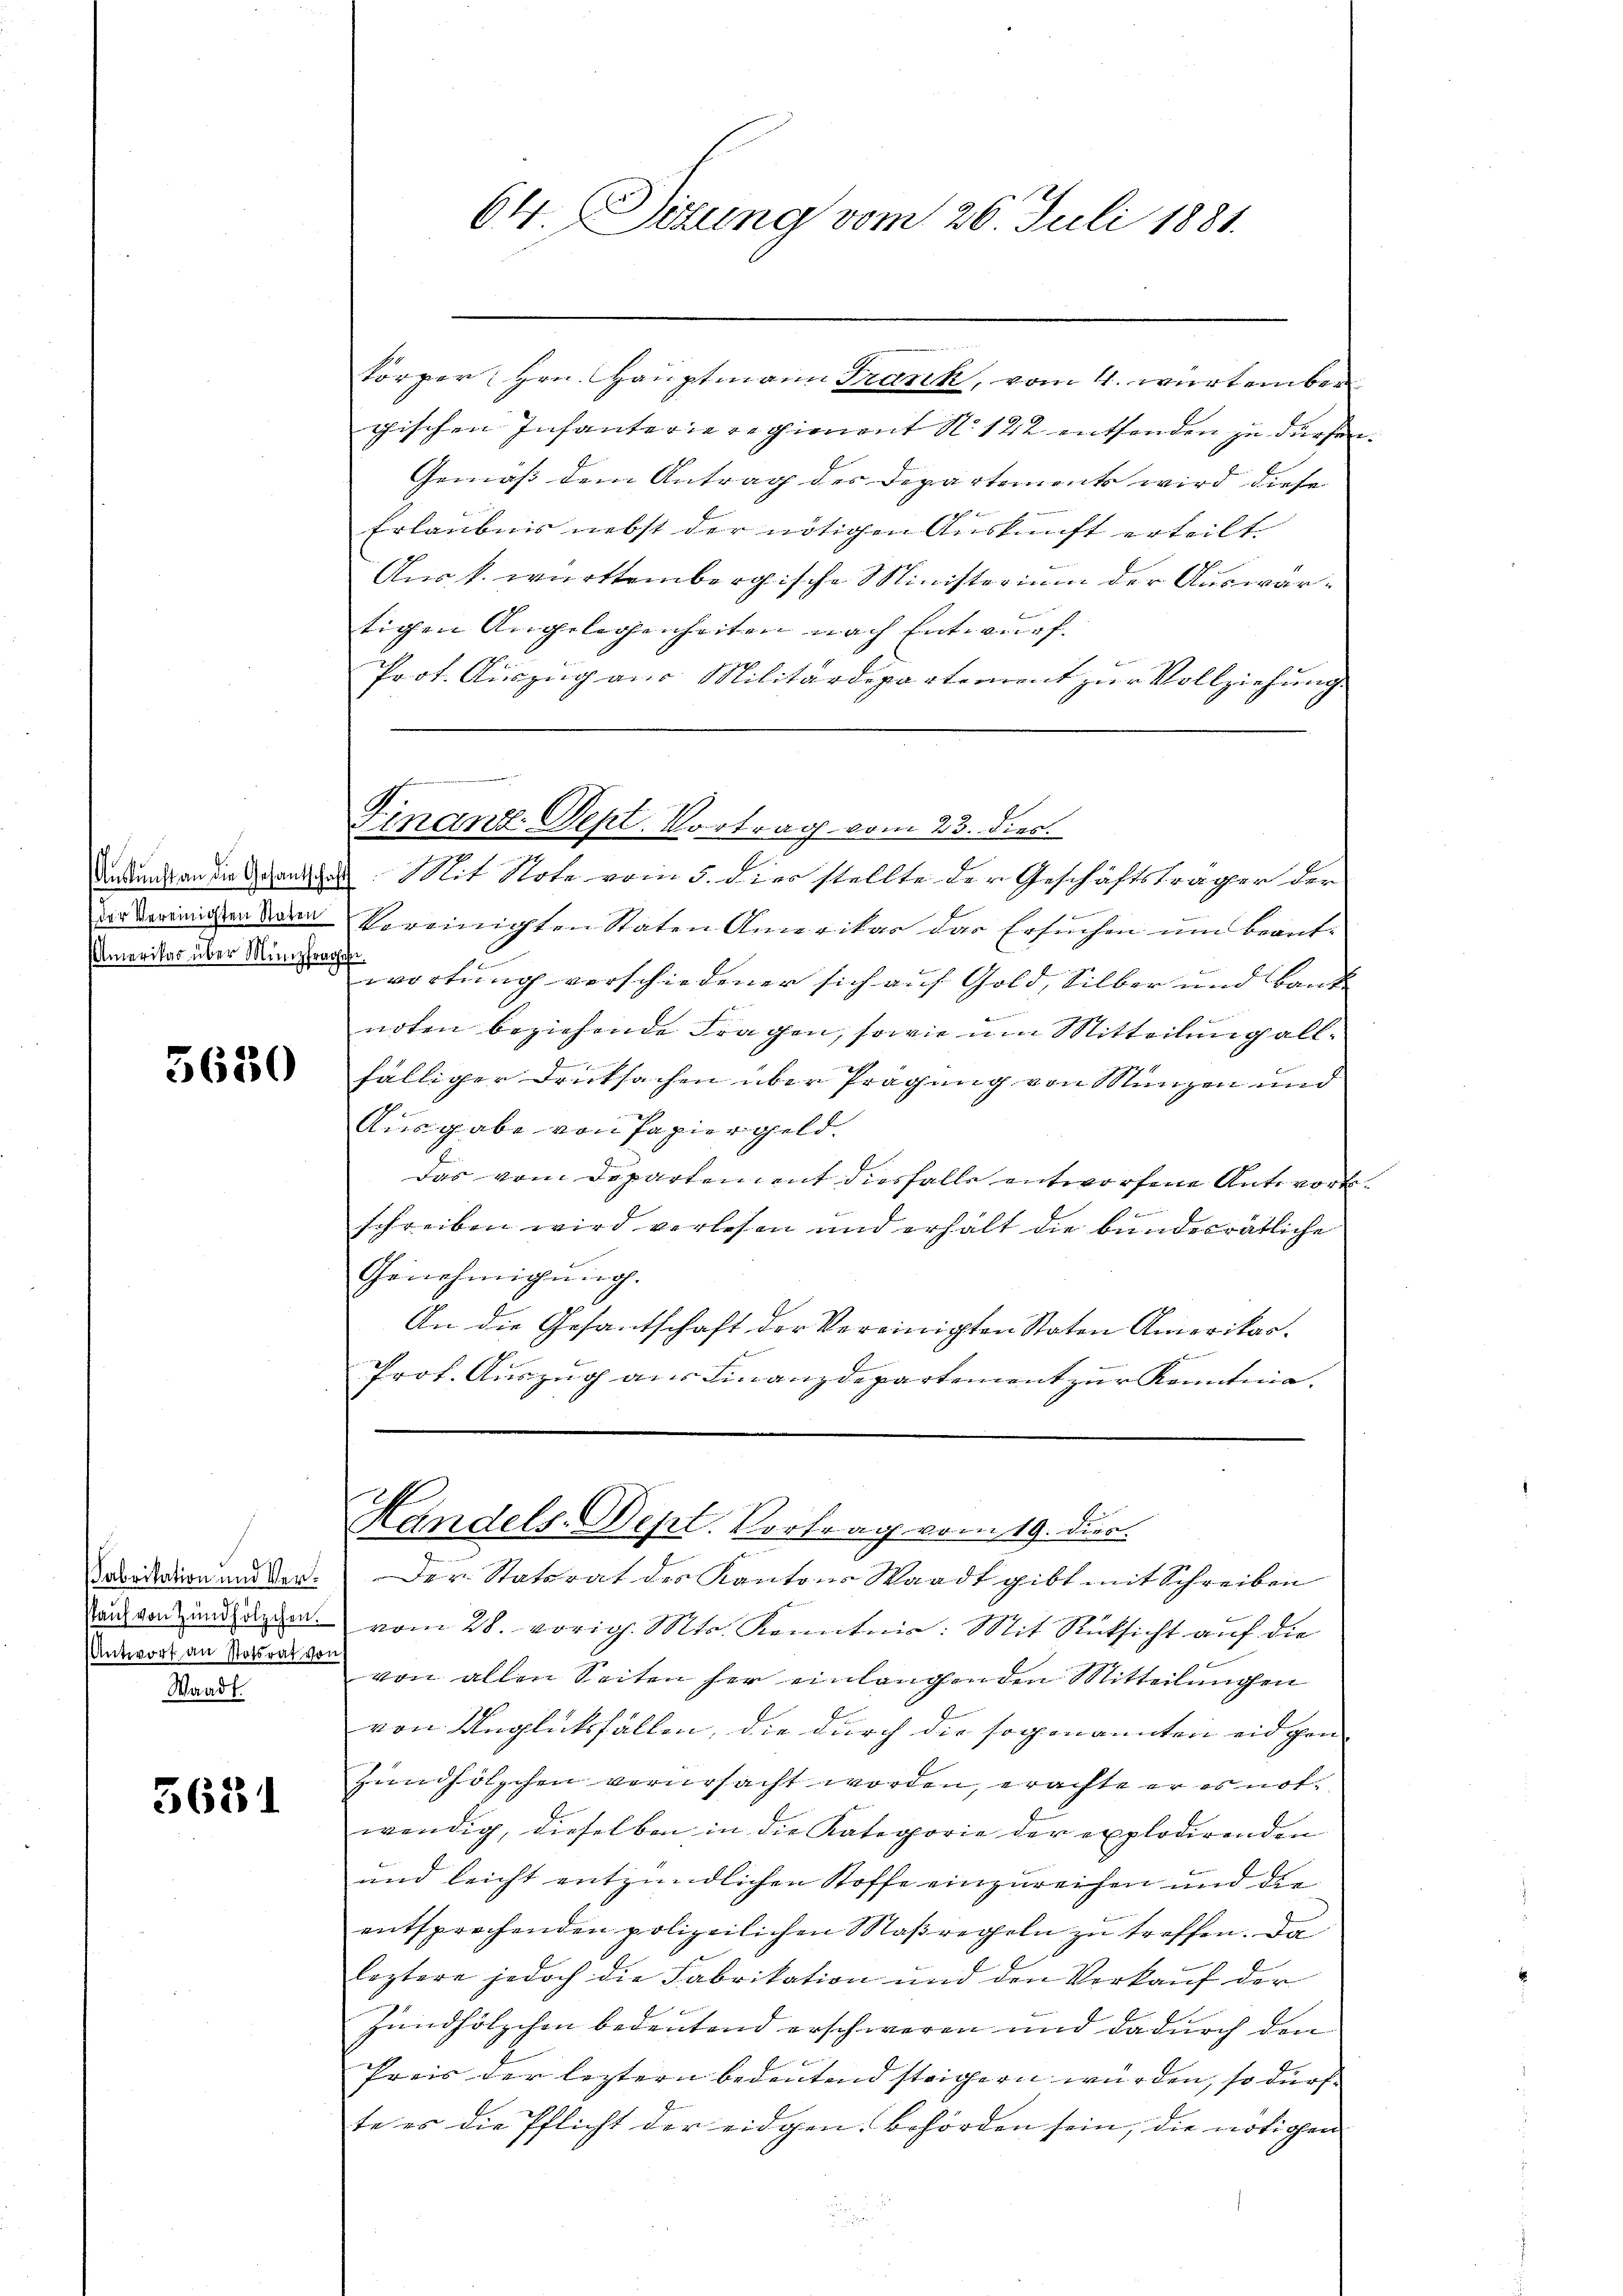
Aŭskŭnft an die Gesantschi
der Vereinigten Staten
Amerikas über Münzfrag

5630

Pabrikation und Verskauf von Zündhölzchen.
Antworf an Ratsrat vor
Waadt.

3681

64. Sizung vom 26. Juli 1881.

körper, Hrn. Hauptmann Frank, vom 4. würtember
chischen Infanterieregienent N. 122 enthenden zu dürfen.
Gemäß dem Antrag des Departements wird diese
 x
Erlaubnis nebst der nötigen Auskunft erteilt
Aus k. württembergische Ministerium der Auswartigen Angelegenheiten nach Entwurf.
Prot. Auszug aus Militärdepartement zur Vollziehung.
Mit Stote vom 5. dies stellte der Geschäftsträger der
f
Vereinigten Staten Amerikar das Ersuchen um Beantwortung verschiedener sich auf Gold, Silber und Bande
e
noten beziehende Fragen, sowie um Mitteilung all¬
2
fälliger Drucksachen über Prägung von Münzen und

Ausgabe von Papiergeld.
das vom Departinient diesfalle entworfene Antwort
b
schreiben wird verlesen und erhalt die bundesrätliche
Genehmigung.
An die Gesantschaft der Vereinigten Staten Amerikar
Prot. Auszug aus Finanzdepartement zur Kenntmah
Handels-Dept. Vortrag vom 19. dir.
Der Statsrat des Kantons Waadt gibt mit Schreiben
vom 28. vorig. Mts. Kenntnis: Mit Rücksicht auf die
von allen Seiten her einlangenden Mitteilungen
von Unglücksfällen, die durch die sogenannten eidgen |
Zündhölzchen verursacht worden, erachte er es notwendig, dieselben in die Kategorie der explodirenden
und leicht entzündlichen Stoffe einzureihen und die
entsprechenden polizeilichen Maßregeln zu treffen. Da
leztere jedoch die Fabrikation und den Verkauf der
Zündhölzchen bedeutend erschweren und dadurch den
Preis der leztern bedeutend steigern wurden, so dürf
te es die Pflicht der eidgen. Behörden sein, die nötigen

Finanz. Sept. Vortrag vom 23. dies